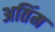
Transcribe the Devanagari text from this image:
अतिंम